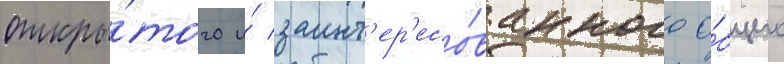
откры́того и́ заинт'ер'есо́ванного о́бщего